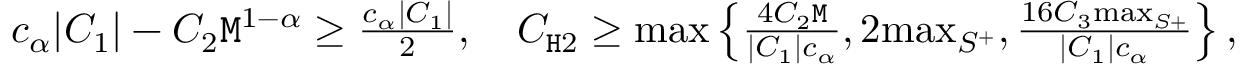
\begin{array} { r } { c _ { \alpha } | C _ { 1 } | - C _ { 2 } \mathtt { M } ^ { 1 - \alpha } \ge \frac { c _ { \alpha } | C _ { 1 } | } { 2 } , \quad C _ { \mathtt { H } 2 } \ge \operatorname* { m a x } \left\{ \frac { 4 C _ { 2 } \mathtt { M } } { | C _ { 1 } | c _ { \alpha } } , 2 \mathrm { m a x } _ { S ^ { + } } , \frac { 1 6 C _ { 3 } \mathrm { m a x } _ { S + } } { | C _ { 1 } | c _ { \alpha } } \right\} , } \end{array}